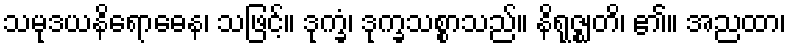
သမုဒယနိရောဓေန၊ သဖြင့်။ ဒုက္ခံ၊ ဒုက္ခသစ္စာသည်။ နိရုဇ္ဈတိ၊ ၏။ အညထာ၊